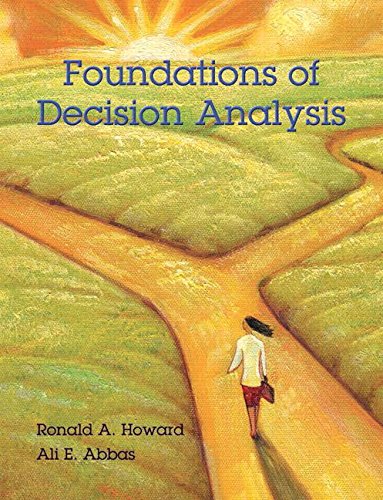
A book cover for Foundations of Decision Analysis; Ronald A. Howard; Business & Money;